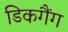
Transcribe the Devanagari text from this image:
डिकगैंग